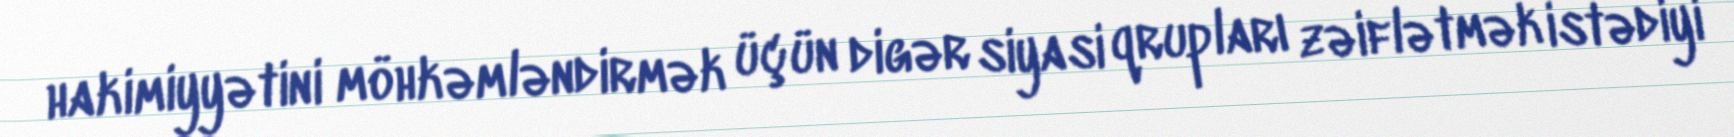
hakimiyyətini möhkəmləndirmək üçün digər siyasi qrupları zəiflətmək istədiyi